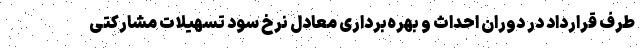
طرف قرارداد در دوران احداث و بهره‌برداری معادل نرخ سود تسهیلات مشارکتی